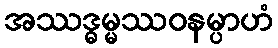
အဿဒ္ဓမ္မဿဝနမ္ပာဟံ